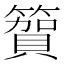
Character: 𮆓